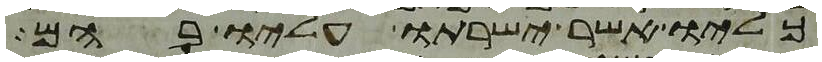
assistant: כליו אשר ישרתו עליו בהם